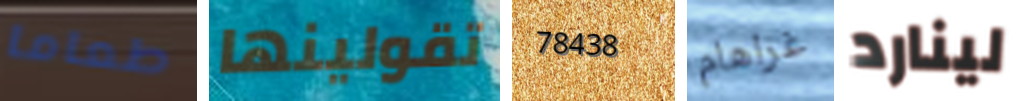
طعاما تقولينها 78438 غراهام لينارد